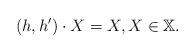
LaTeX: \begin{align*}(h,h')\cdot X = X, X\in \mathbb{X}.\end{align*}